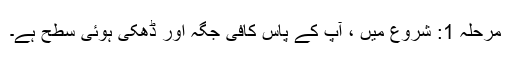
مرحلہ 1: شروع میں ، آپ کے پاس کافی جگہ اور ڈھکی ہوئی سطح ہے۔